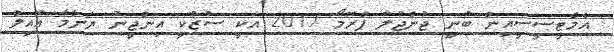
އެމްޓީސީސީއިން ބުނީ ޖުންޖުލާ ޕްރޮމޯ 2017 އަކީ ސުޒުކީ އިންޖީނު ޔަންމާ އޮއިލް